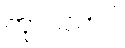
ကုလလာပိ